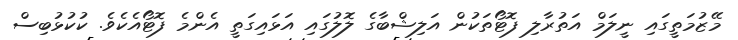
މޭޒުމަތީގައި ނީލަމް އަތުރާލި ފޮޓޯތަކުން އަލިޝްބާގެ ލޮލުގައި އަޅައިގަތީ އެންމެ ފޮޓޯއެކެވެ. ކުކުޅުބިސް